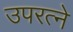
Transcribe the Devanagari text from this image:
उपरत्‍ने